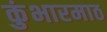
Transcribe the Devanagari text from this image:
कुंभारमाठ